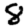
Digit: 8